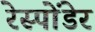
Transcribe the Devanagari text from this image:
रेस्पोंडेर